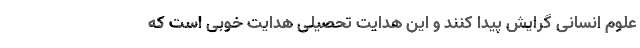
علوم انسانی گرایش پیدا کنند و این هدایت تحصیلی هدایت خوبی است که